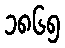
၁၈၆၅